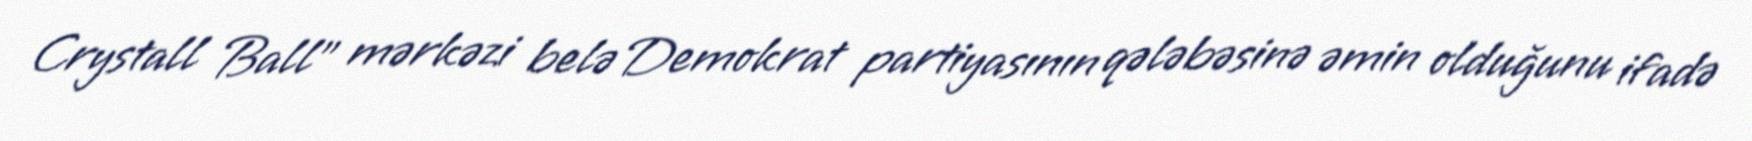
Crystall Ball” mərkəzi belə Demokrat partiyasının qələbəsinə əmin olduğunu ifadə